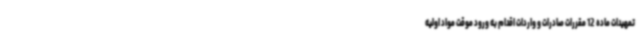
تمهیدات ماده 12 مقررات صادرات و واردات اقدام به ورود موقت مواد اولیه